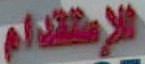
الإستقدام